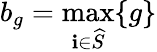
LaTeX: b_{g}=\operatorname*{max}_{\mathbf{i}\in\widehat{{S}}}\{ g\}